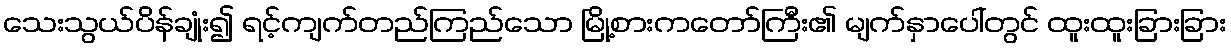
သေးသွယ်ပိန်ချုံး၍ ရင့်ကျက်တည်ကြည်သော မြို့စားကတော်ကြီး၏ မျက်နှာပေါ်တွင် ထူးထူးခြားခြား